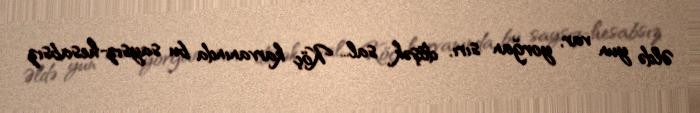
Əldə yun var, yorğan sırı, döşək sal... Köç karvanında bu saysız-hesabsız